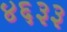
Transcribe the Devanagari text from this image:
४६३३